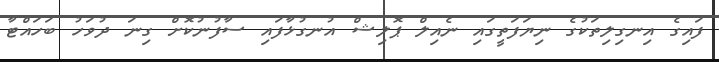
ފައިގެ އިނގިލިތަކުގެ ނިޔަފަތީގައި ނެއިލް ޕޮލިޝް އުނގުޅާފައި ސާފުނުކޮށް ގިނަ ދުވަހު ބަހައްޓާ